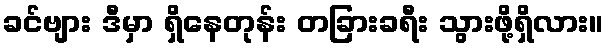
ခင်ဗျား ဒီမှာ ရှိနေတုန်း တခြားခရီး သွားဖို့ရှိလား။